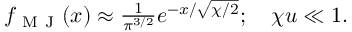
\begin{array} { r } { f _ { \mathrm { ~ M ~ J ~ } } ( x ) \approx \frac { 1 } { \pi ^ { 3 / 2 } } e ^ { - x / \sqrt { \chi / 2 } } ; \quad \chi u \ll 1 . } \end{array}